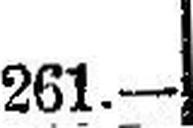
261.—